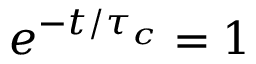
e ^ { - t / \tau _ { c } } = 1